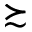
\succsim